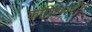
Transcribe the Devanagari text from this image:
कोशिकाओंसे